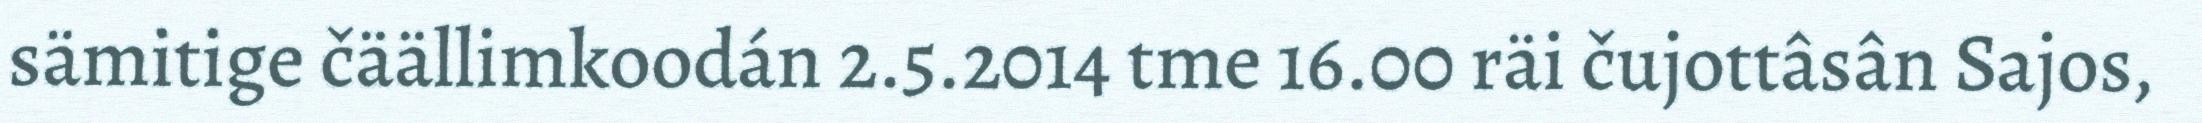
sämitige čäällimkoodán 2.5.2014 tme 16.00 räi čujottâsân Sajos,